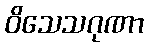
ဝိသေသဂုဏာ